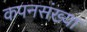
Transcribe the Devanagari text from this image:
कपनसंख्या